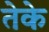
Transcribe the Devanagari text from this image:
तेके